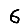
Digit: 6